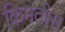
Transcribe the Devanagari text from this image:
किमतीस